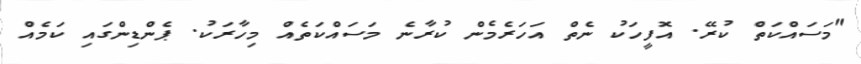
"މަސައްކަތް ކުރޭ. އޮފީހަކު ނެތް އަހަރެމެން ކުރާނެ މަސައްކަތެއް މިހާރަކު. ޕެންޑިންގައި ކަމެއް